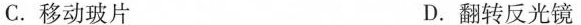
C.移动玻片 D.翻转反光镜